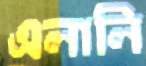
এলালি